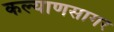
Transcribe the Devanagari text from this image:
कल्याणसागर